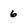
Character: 6